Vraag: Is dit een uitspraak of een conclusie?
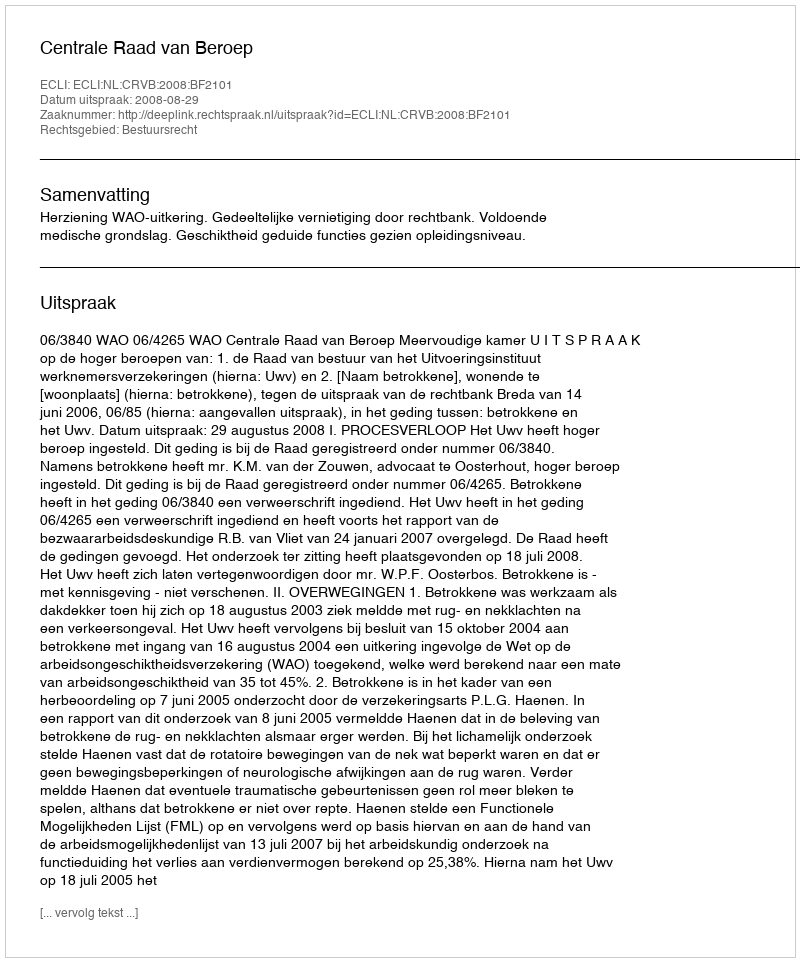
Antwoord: Uitspraak